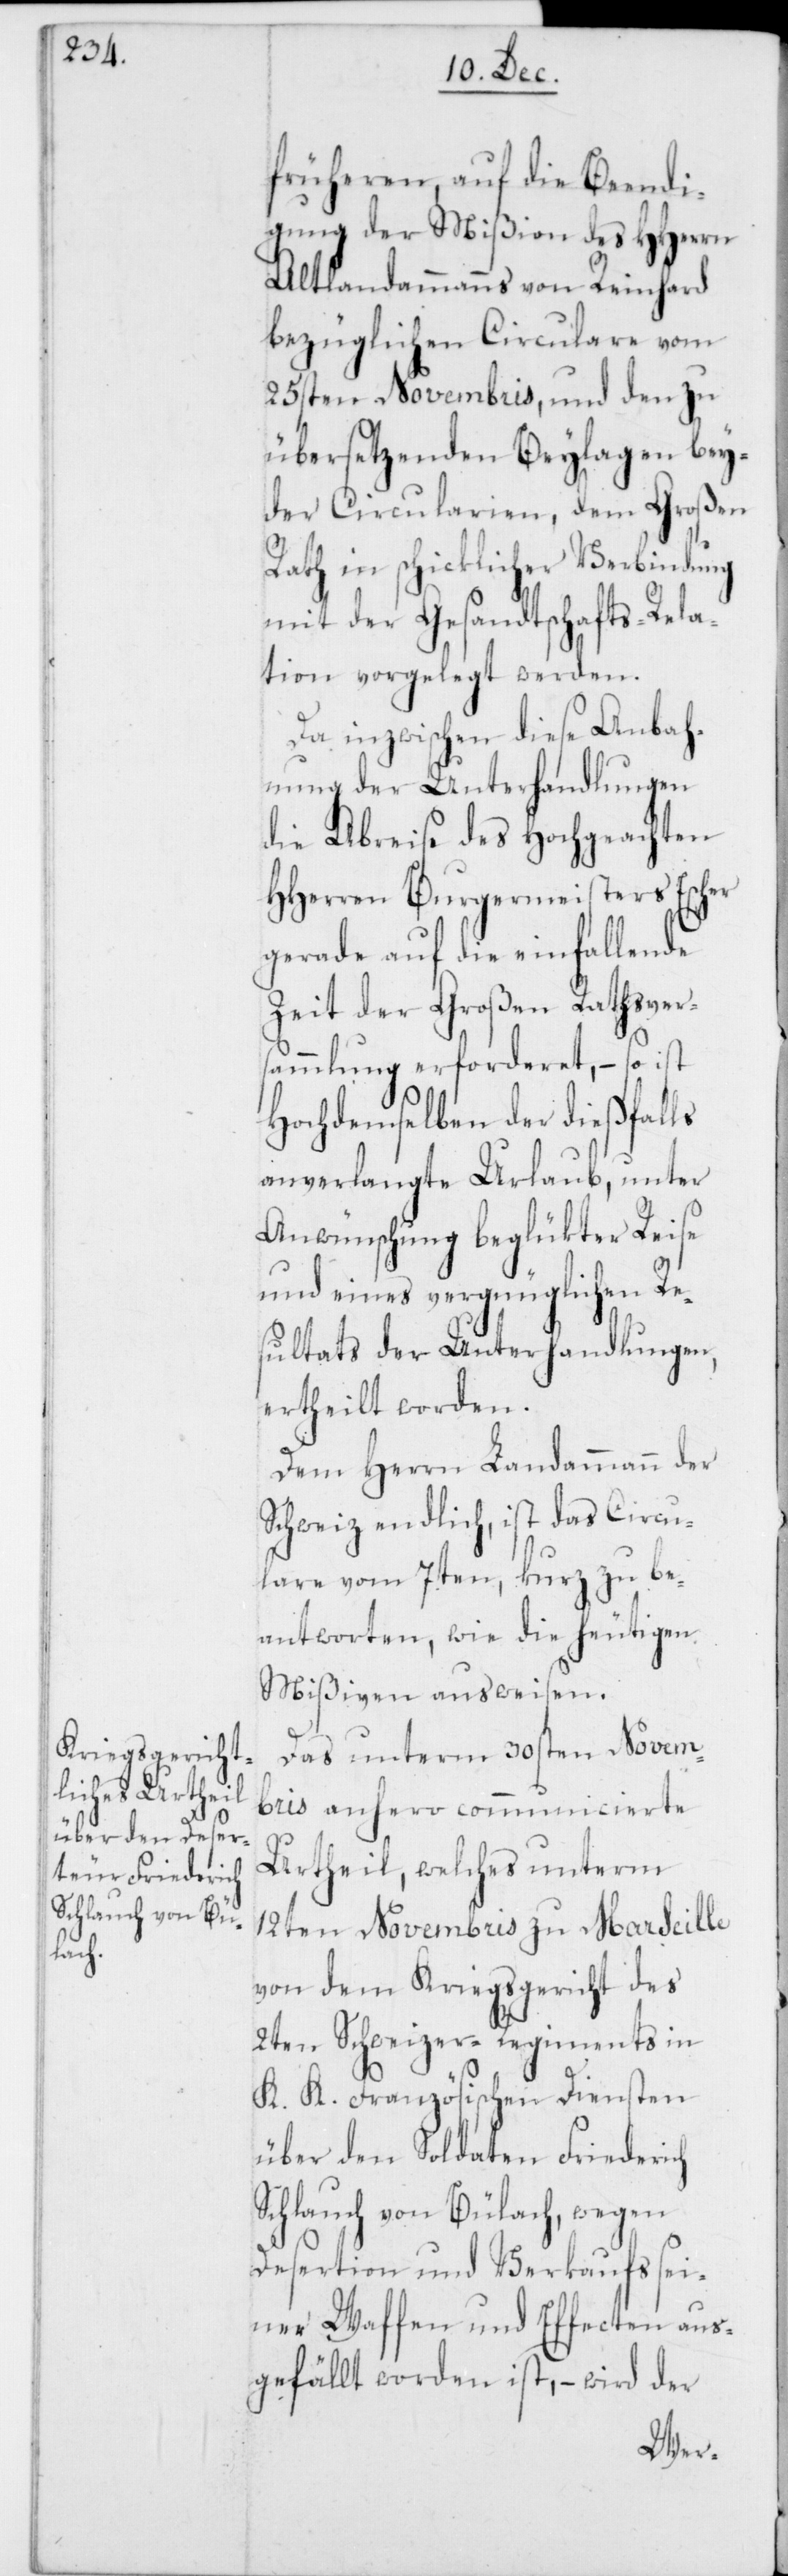
früheren, auf die Beendi¬
gung der Mißion des HHerrn
Altlandammanns von Reinhard
bezüglichen Circulare vom
25sten Novembris, und den zu
übersetzenden Beylagen bey¬
der Circularien, dem Großen
Rath in schicklicher Verbindung
mit der Gesandtschafts-Rela¬
tion vorgelegt werden.
Da inzwischen diese Anbah¬
nung der Unterhandlungen
die Abreise des Hochgeachten
HHerren Burgermeisters Escher
gerade auf die einfallende
Zeit der Großen Rathsver¬
sammlung erforderet, – so ist
Hochdemselben der dießfalls
anverlangte Urlaub, unter
Anwünschung beglükter Reise
und eines vergnüglichen Re¬
sultats der Unterhandlungen,
ertheilt worden.
Dem Herrn Landammann der
Schweiz endlich, ist das Circu¬
lare vom 7ten, kurz zu be¬
antworten, wie die heutigen
Mißiven ausweisen.
Das unterm 30sten Novem¬
bris anhero communicierte
Urtheil, welches unterm
12ten Novembris zu Marseille
von dem Kriegsgericht des
2ten Schweizer-Regiments in
K. K. Französischen Diensten
über den Soldaten Friederich
Schlauch von Bülach, wegen
Desertion und Verkaufs sei¬
ner Waffen und Effecten aus¬
gefällt worden ist, – wird der